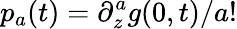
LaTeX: p_{a}(t)=\partial_{z}^{a}g(0,t)/a!